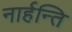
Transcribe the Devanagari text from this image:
नार्हन्ति